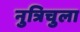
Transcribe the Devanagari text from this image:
नुत्रिचुला